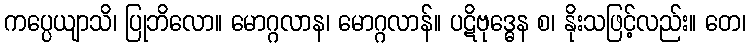
ကပ္ပေယျာသိ၊ ပြုဘိလော။ မောဂ္ဂလာန၊ မောဂ္ဂလာန်။ ပဋိဗုဒ္ဓေန စ၊ နိုးသဖြင့်လည်း။ တေ၊